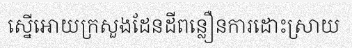
ស្នើអោយក្រសួងដែនដីពន្លឿនការដោះស្រាយ